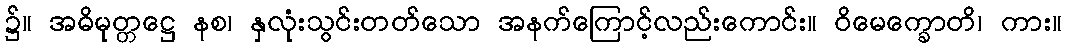
၌။ အဓိမုတ္တဋ္ဌေ နစ၊ နှလုံးသွင်းတတ်သော အနက်ကြောင့်လည်းကောင်း။ ဝိမေက္ခောတိ၊ ကား။